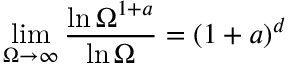
\operatorname* { l i m } _ { \Omega \to \infty } \frac { \ln \Omega ^ { 1 + a } } { \ln \Omega } = ( 1 + a ) ^ { d }